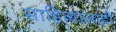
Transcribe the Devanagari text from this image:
साहित्यालाही